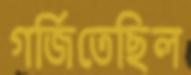
গর্জিতেছিল